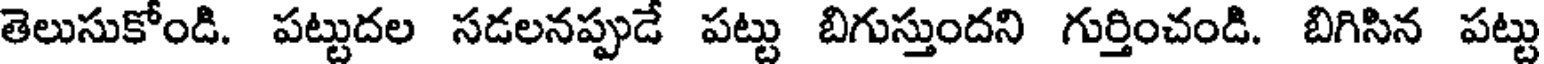
తెలుసుకోండి. పట్టుదల సడలనప్పుడే పట్టు బిగుస్తుందని గుర్తించండి. బిగిసిన పట్టు